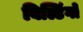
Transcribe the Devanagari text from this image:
बिल्डिंगो